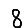
Digit: 8